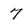
Character: 7